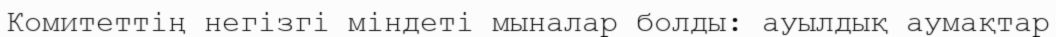
Комитеттің негізгі міндеті мыналар болды: ауылдық аумақтар